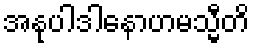
အနုပါဒါနောဟမသ္မီတိ